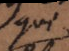
qui